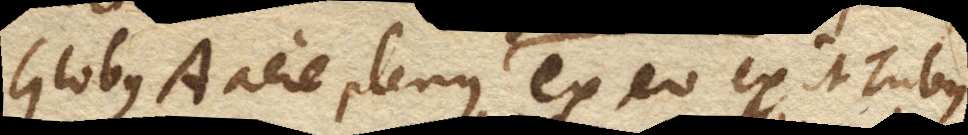
Globus A. aere plenus ex eo exit Tubus